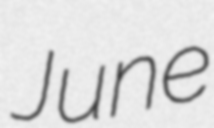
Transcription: June